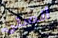
انصتي